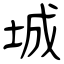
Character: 城